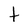
Character: t